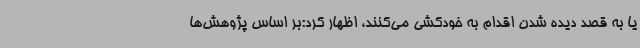
یا به قصد دیده شدن اقدام به خودکشی می‌کنند، اظهار کرد:بر اساس پژوهش‌ها